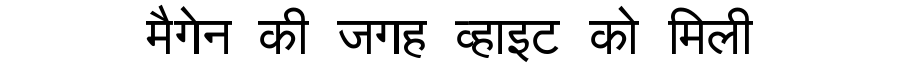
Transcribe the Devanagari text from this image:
मैगेन की जगह व्हाइट को मिली